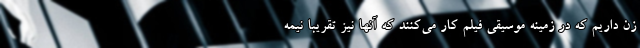
زن داریم که در زمینه موسیقی فیلم کار می‌کنند که آنها نیز تقریبا نیمه